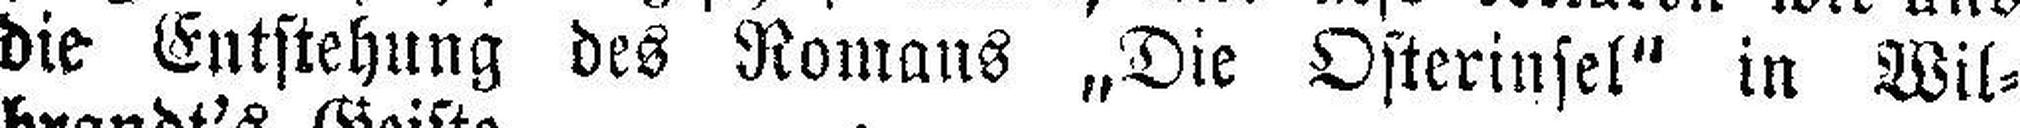
die Entstehung des Romans „Die Osterinsel" in Wil¬